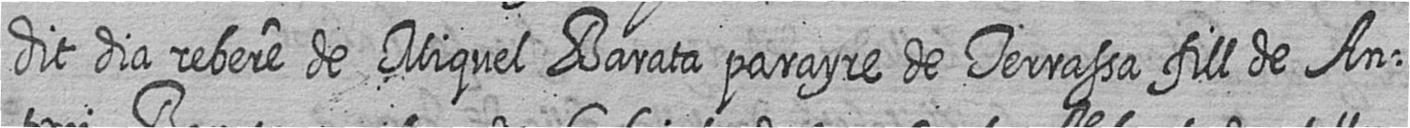
dit dia rebere de Miquel Barata parayre de Terrassa fill de An=